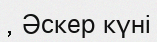
, Әскер күні